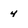
Character: 4